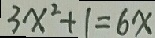
3 x ^ { 2 } + 1 = 6 x